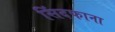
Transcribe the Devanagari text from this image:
सिंदफाना